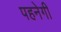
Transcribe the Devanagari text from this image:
पहनेगी